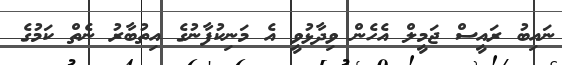
ނައިބު ރައީސް ޖަމީލް އެހެން ވިދާޅުވީ އެ މަނިކުފާނުގެ އިތުބާރު ނެތް ކަމުގެ